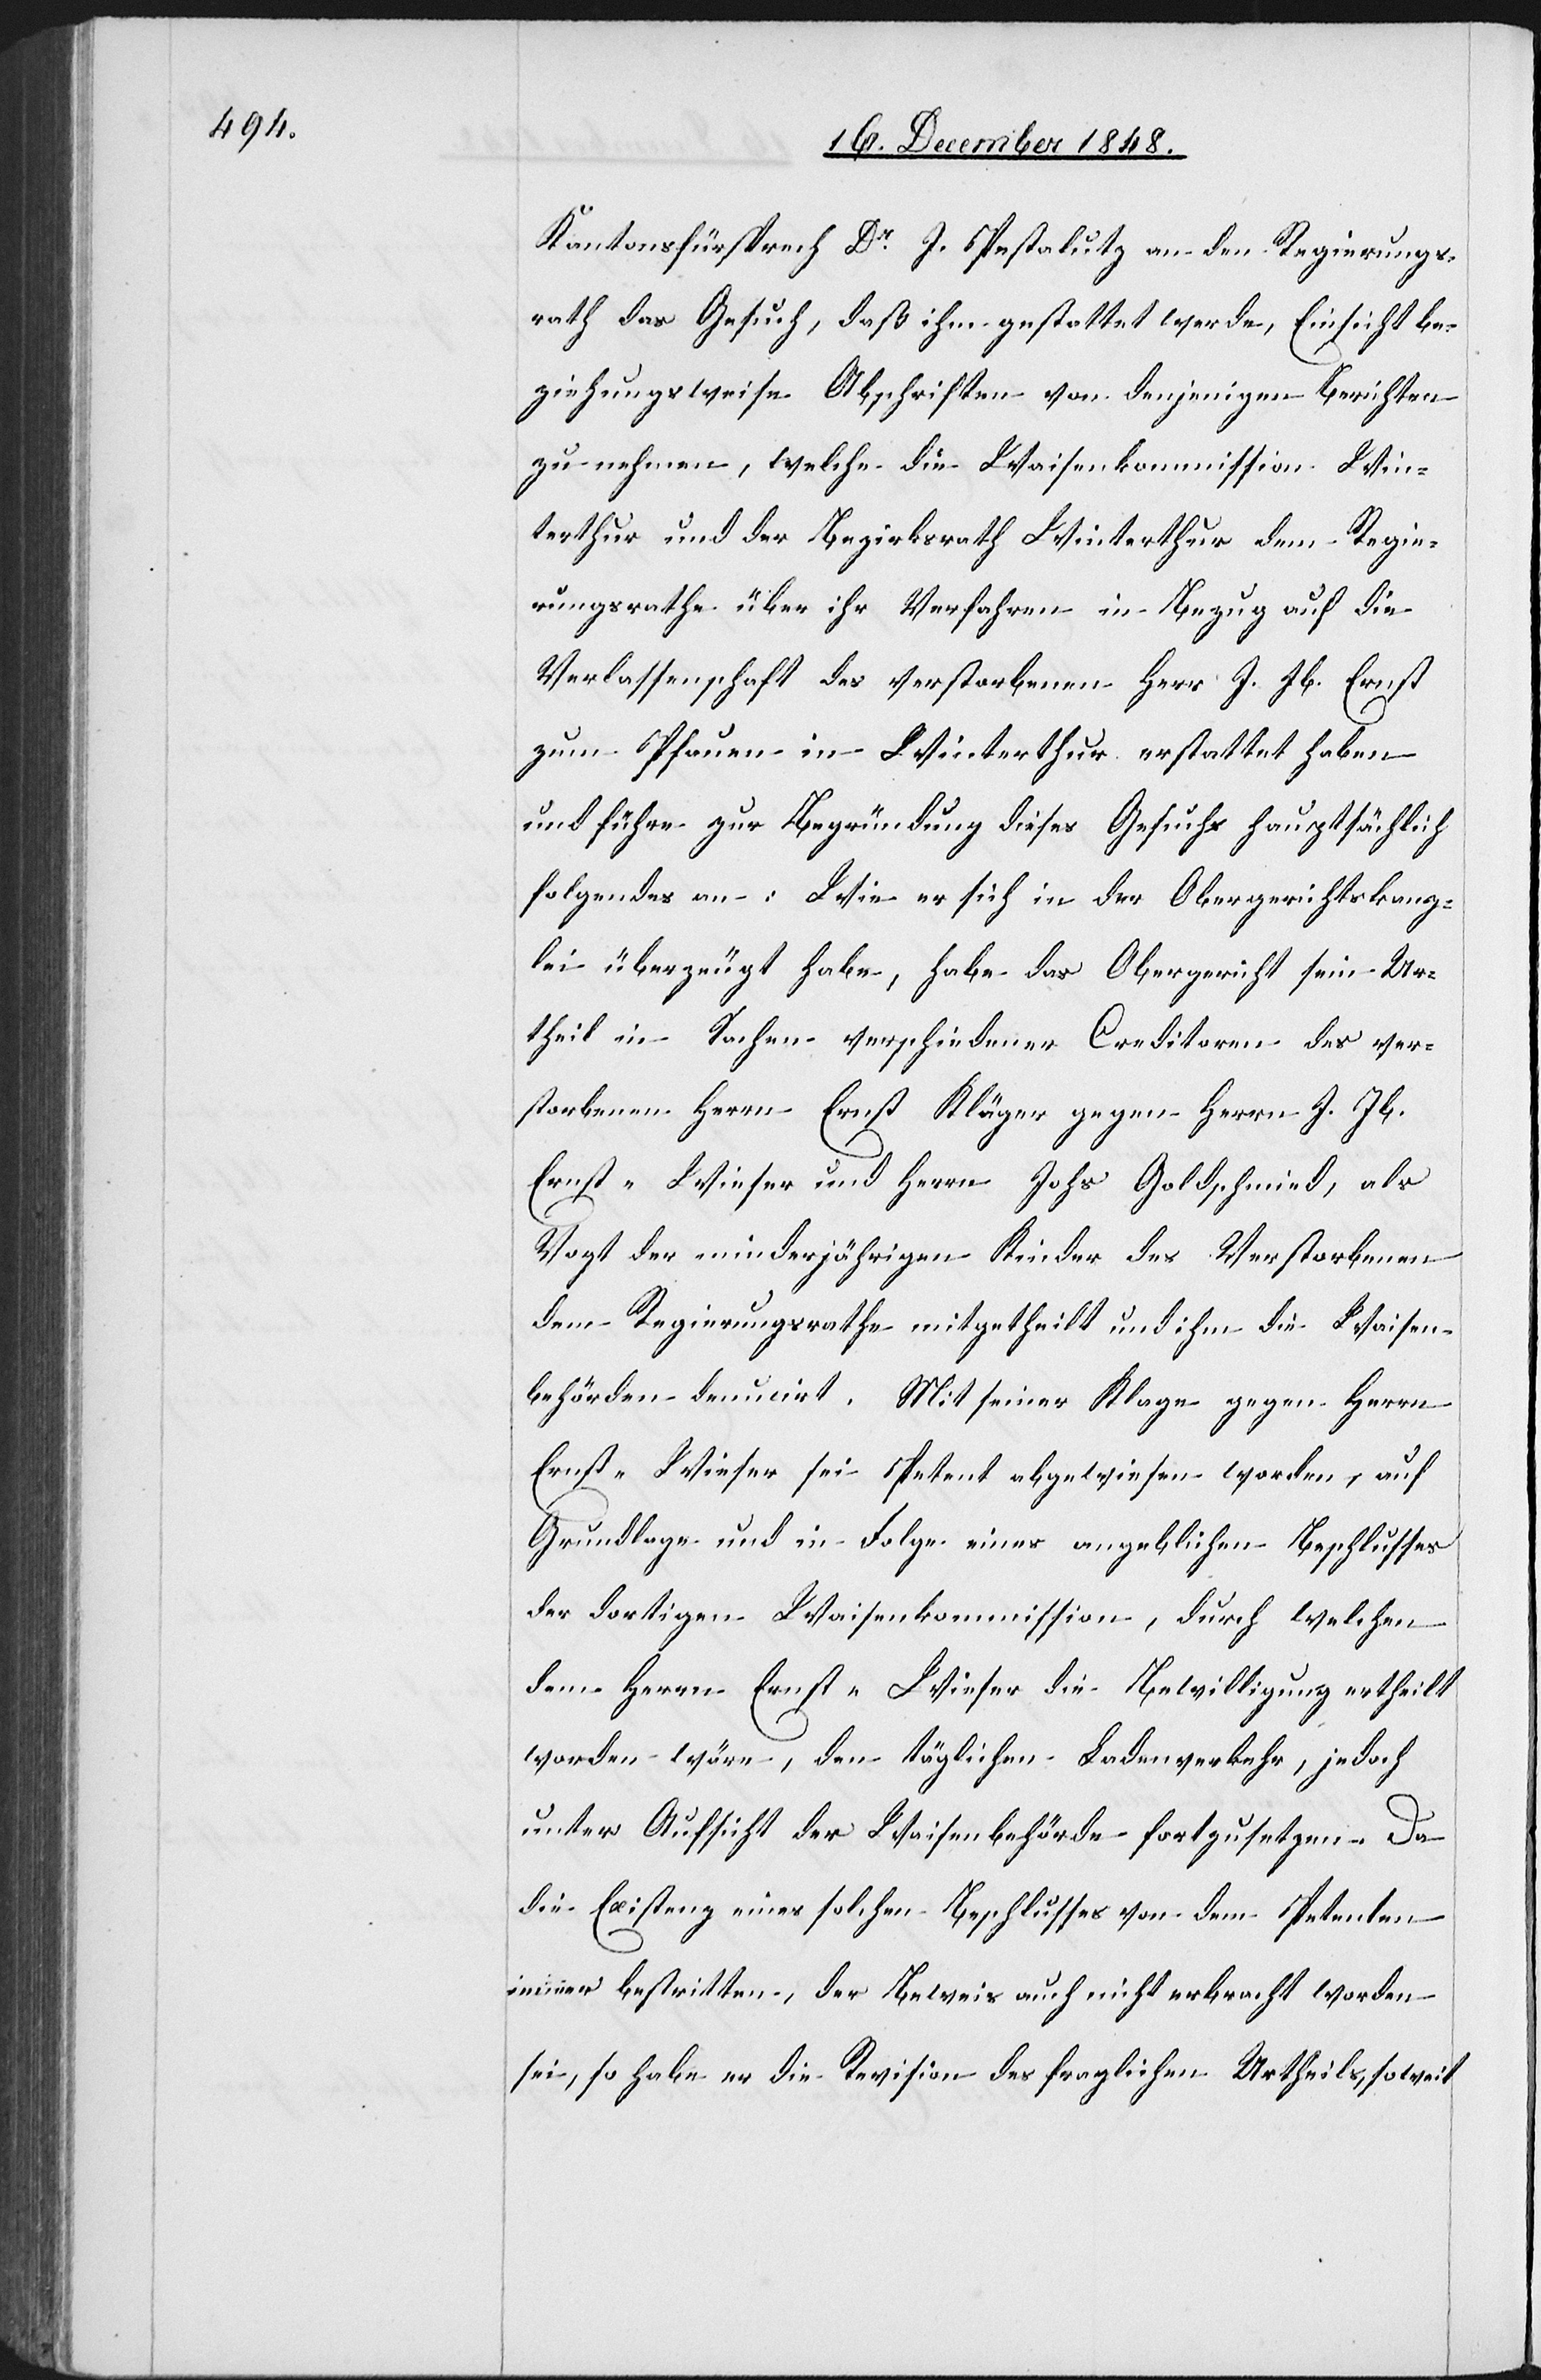
Kantonsfürsprech Dr J. Pestalutz an den Regierungs¬
rath das Gesuch, daß ihm gestattet werde, Einsicht be¬
ziehungsweise Abschriften von denjenigen Berichten
zu nehmen, welche die Waisenkommission Win¬
terthur und der Bezirksrath Winterthur dem Regie¬
rungsrathe über ihr Verfahren in Bezug auf die
Verlassenschaft des verstorbenen Herr J. Jb. Ernst
zum Pfauen in Winterthur erstattet haben
und führe zur Begründung dieses Gesuchs hauptsächlich
folgendes an: Wie er sich in der Obergerichtskanz¬
lei überzeugt habe, habe das Obergericht sein Ur¬
theil in Sachen verschiedener Creditoren des ver¬
storbenen Herrn Ernst Kläger gegen Herrn J. Jb.
Ernst-Wieser und Herrn Johs. Goldschmied, als
Vogt der minderjährigen Kinder des Verstorbenen
dem Regierungsrathe mitgetheilt und ihm die Waisen¬
behörden denu[n]cirt. Mit seiner Klage gegen Herrn
Ernst-Wieser sei Petent abgewiesen worden, auf
Grundlage und in Folge eines angeblichen Beschlusses
der dortigen Waisenkommission, durch welchen
dem Herrn Ernst-Wieser die Bewilligung ertheilt
worden wäre, den täglichen Ladenverkehr, jedoch
unter Aufsicht der Waisenbehörde fortzusetzen. Da
die Existenz eines solchen Beschlusses von dem Petenten
immer bestritten, der Beweis auch nicht erbracht worden
sei, so habe er die Revision des fraglichen Urtheils, soweit